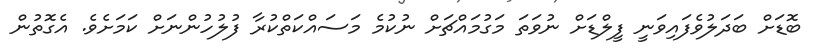
ބޮޑަށް ބަދަލުވެފައިވަނީ ފީލްޑަށް ނުވަތަ މަގުމައްޗަށް ނުކުމެ މަސައްކަތްކުރާ ފުލުހުންނަށް ކަމަށެވެ. އެގޮތުން